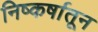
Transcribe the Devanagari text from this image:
निष्कर्षातून